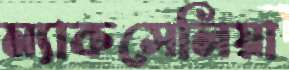
ম্যাকসেলিয়া